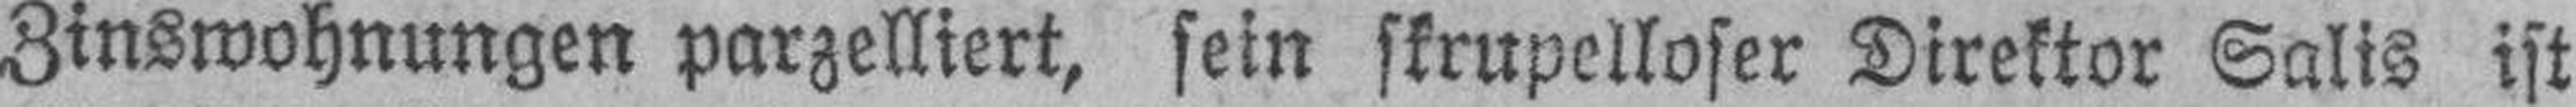
Zinswohnungen parzelliert, sein skrupelloser Direktor Salis ist